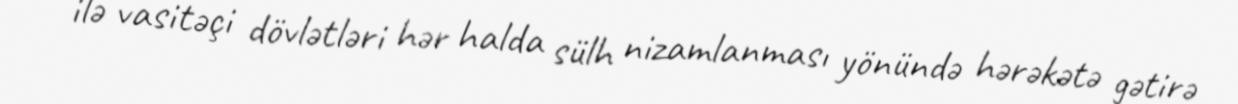
ilə vasitəçi dövlətləri hər halda sülh nizamlanması yönündə hərəkətə gətirə